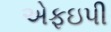
એફઇપી